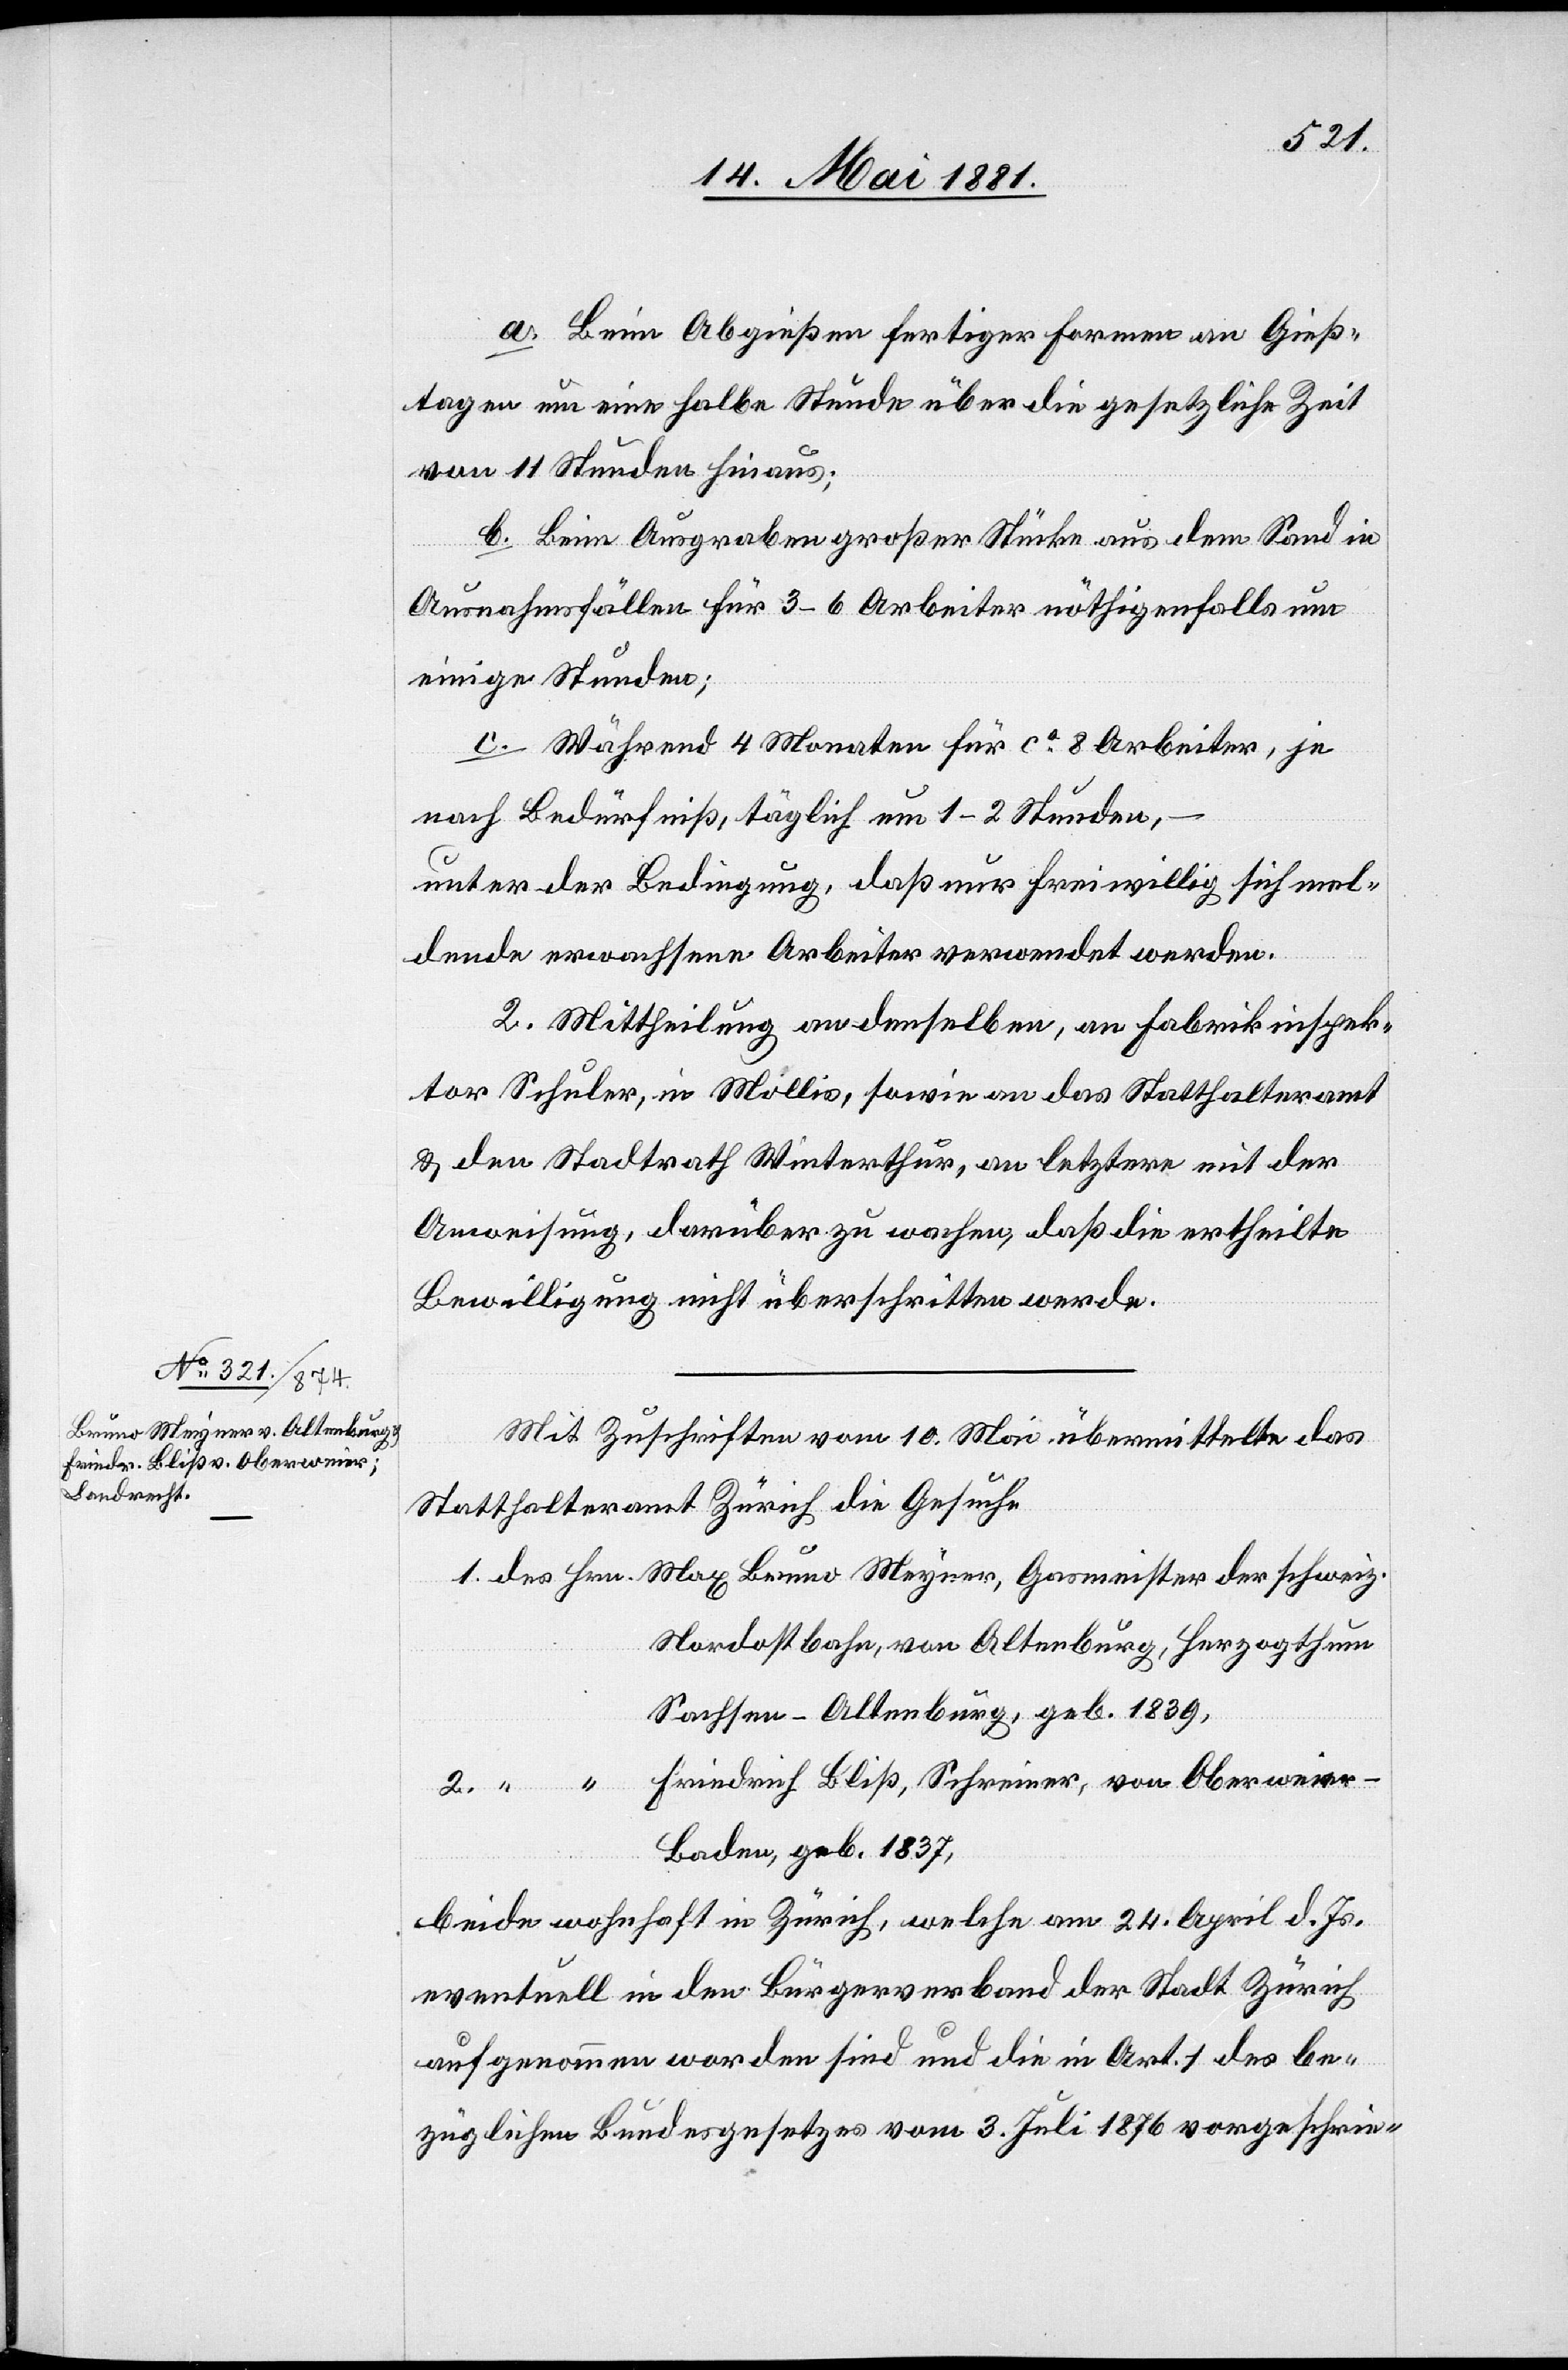
a. Beim Abgießen fertiger Formen an Gieß¬
tagen um eine halbe Stunde über die gesetzliche Zeit
von 11 Stunden hinaus;
b. Beim Ausgraben großer Stücke aus dem Sand in
Ausnahmefällen für 3–6 Arbeiter nöthigenfalls um
einige Stunden;
c. Während 4 Monaten für ca 8 Arbeiter, je
nach Bedürfniß, täglich um 1–2 Stunden,
unter der Bedingung, daß nur freiwillig sich mel¬
dende erwachsene Arbeiter verwendet werden.
2. Mittheilung an denselben, an Fabrikinspek¬
tor Schuler, in Mollis, sowie an das Statthalteramt
& den Stadtrath Winterthur, an letztere mit der
Anweisung, darüber zu wachen, daß die ertheilte
Bewilligung nicht überschritten werde.
Mit Zuschrift vom 10. Mai übermittelte das
Statthalteramt Zürich die Gesuche
Nordostbahn, von Altenburg, Herzogthum
Sachsen - Altenburg, geb. 1839,
Baden, geb. 1837,
beide wohnhaft in Zürich, welche am 24. April d. Js.
eventuell in den Bürgerverband der Stadt Zürich
aufgenommen worden sind und die in Art. 1 des be¬
züglichen Bundesgesetzes vom 3. Juli 1876 vorgeschrie-